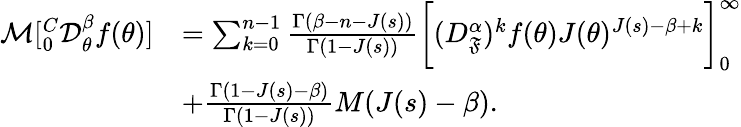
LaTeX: \begin{array}{rl}{\mathcal{M}[_{0}^{C}\mathcal{D}_{\theta}^{\beta}f(\theta)]}&{=\sum_{k=0}^{n-1}\frac{\Gamma(\beta-n-J(s))}{\Gamma(1-J(s))}\bigg[(D_{\mathfrak{F}}^{\alpha})^{k}f(\theta)J(\theta)^{J(s)-\beta+k}\bigg]_{0}^{\infty}}\\ &{+\frac{\Gamma(1-J(s)-\beta)}{\Gamma(1-J(s))}M(J(s)-\beta).}\end{array}